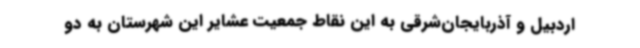
اردبیل و آذربایجان‌شرقی به این نقاط جمعیت عشایر این شهرستان به دو